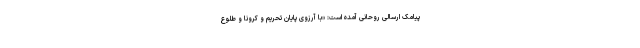
پیامک ارسالی روحانی آمده است: «با آرزوی پایان تحریم و کرونا و طلوع